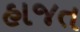
હાજત